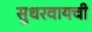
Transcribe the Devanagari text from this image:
सुधरवायची